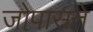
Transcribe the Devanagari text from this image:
जोपासते